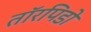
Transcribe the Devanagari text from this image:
तॉरपिडो